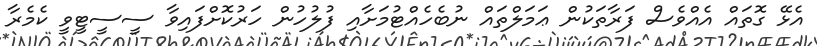
އެޅޭ ގޮތައް އެއްވެސް ފަރާތަކުން ޢަމަލްތައް ނުބެހެއްޓުމަށާއި ފުލުހުން ހަރުކޮށްފައިވާ ސީސީޓީވީ ކެމެރާ